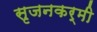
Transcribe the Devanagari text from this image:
सृजनकर्मी